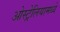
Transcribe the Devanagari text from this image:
ओस्ट्रेलियामध्ये